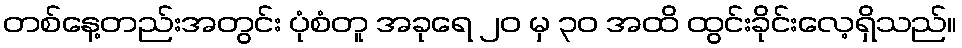
တစ်နေ့တည်းအတွင်း ပုံစံတူ အခုရေ ၂၀ မှ ၃၀ အထိ ထွင်းခိုင်းလေ့ရှိသည်။